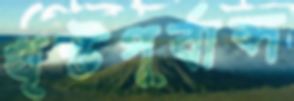
খৃস্টপূর্বাব্দ